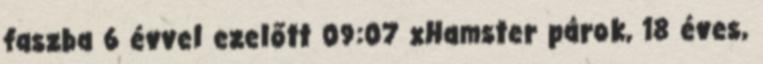
faszba 6 évvel ezelőtt 09:07 xHamster párok, 18 éves,